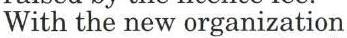
With the new organization